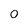
Character: 0